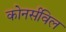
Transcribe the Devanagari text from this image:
कोनर्सविल